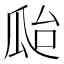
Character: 𤫳